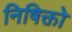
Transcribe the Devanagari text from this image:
निषिक्तो